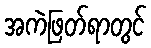
အကဲဖြတ်ရာတွင်